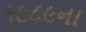
૧૯૮૯ના